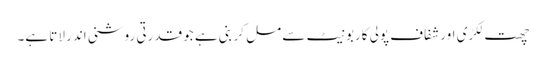
چھت لکڑی اور شفاف پولی کاربونیٹ سے مل کر بنی ہے جو قدرتی روشنی اندر لاتا ہے۔